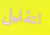
لتقليل